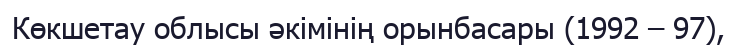
Көкшетау облысы әкімінің орынбасары (1992 – 97),